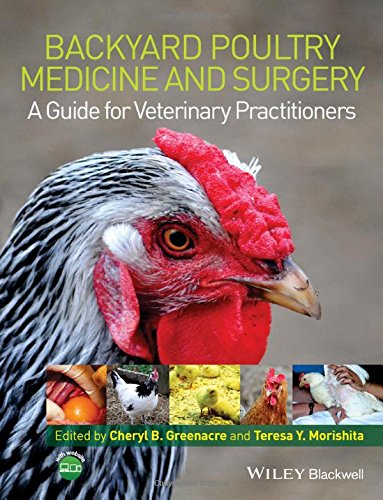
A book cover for Backyard Poultry Medicine and Surgery: A Guide for Veterinary Practitioners; Medical Books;